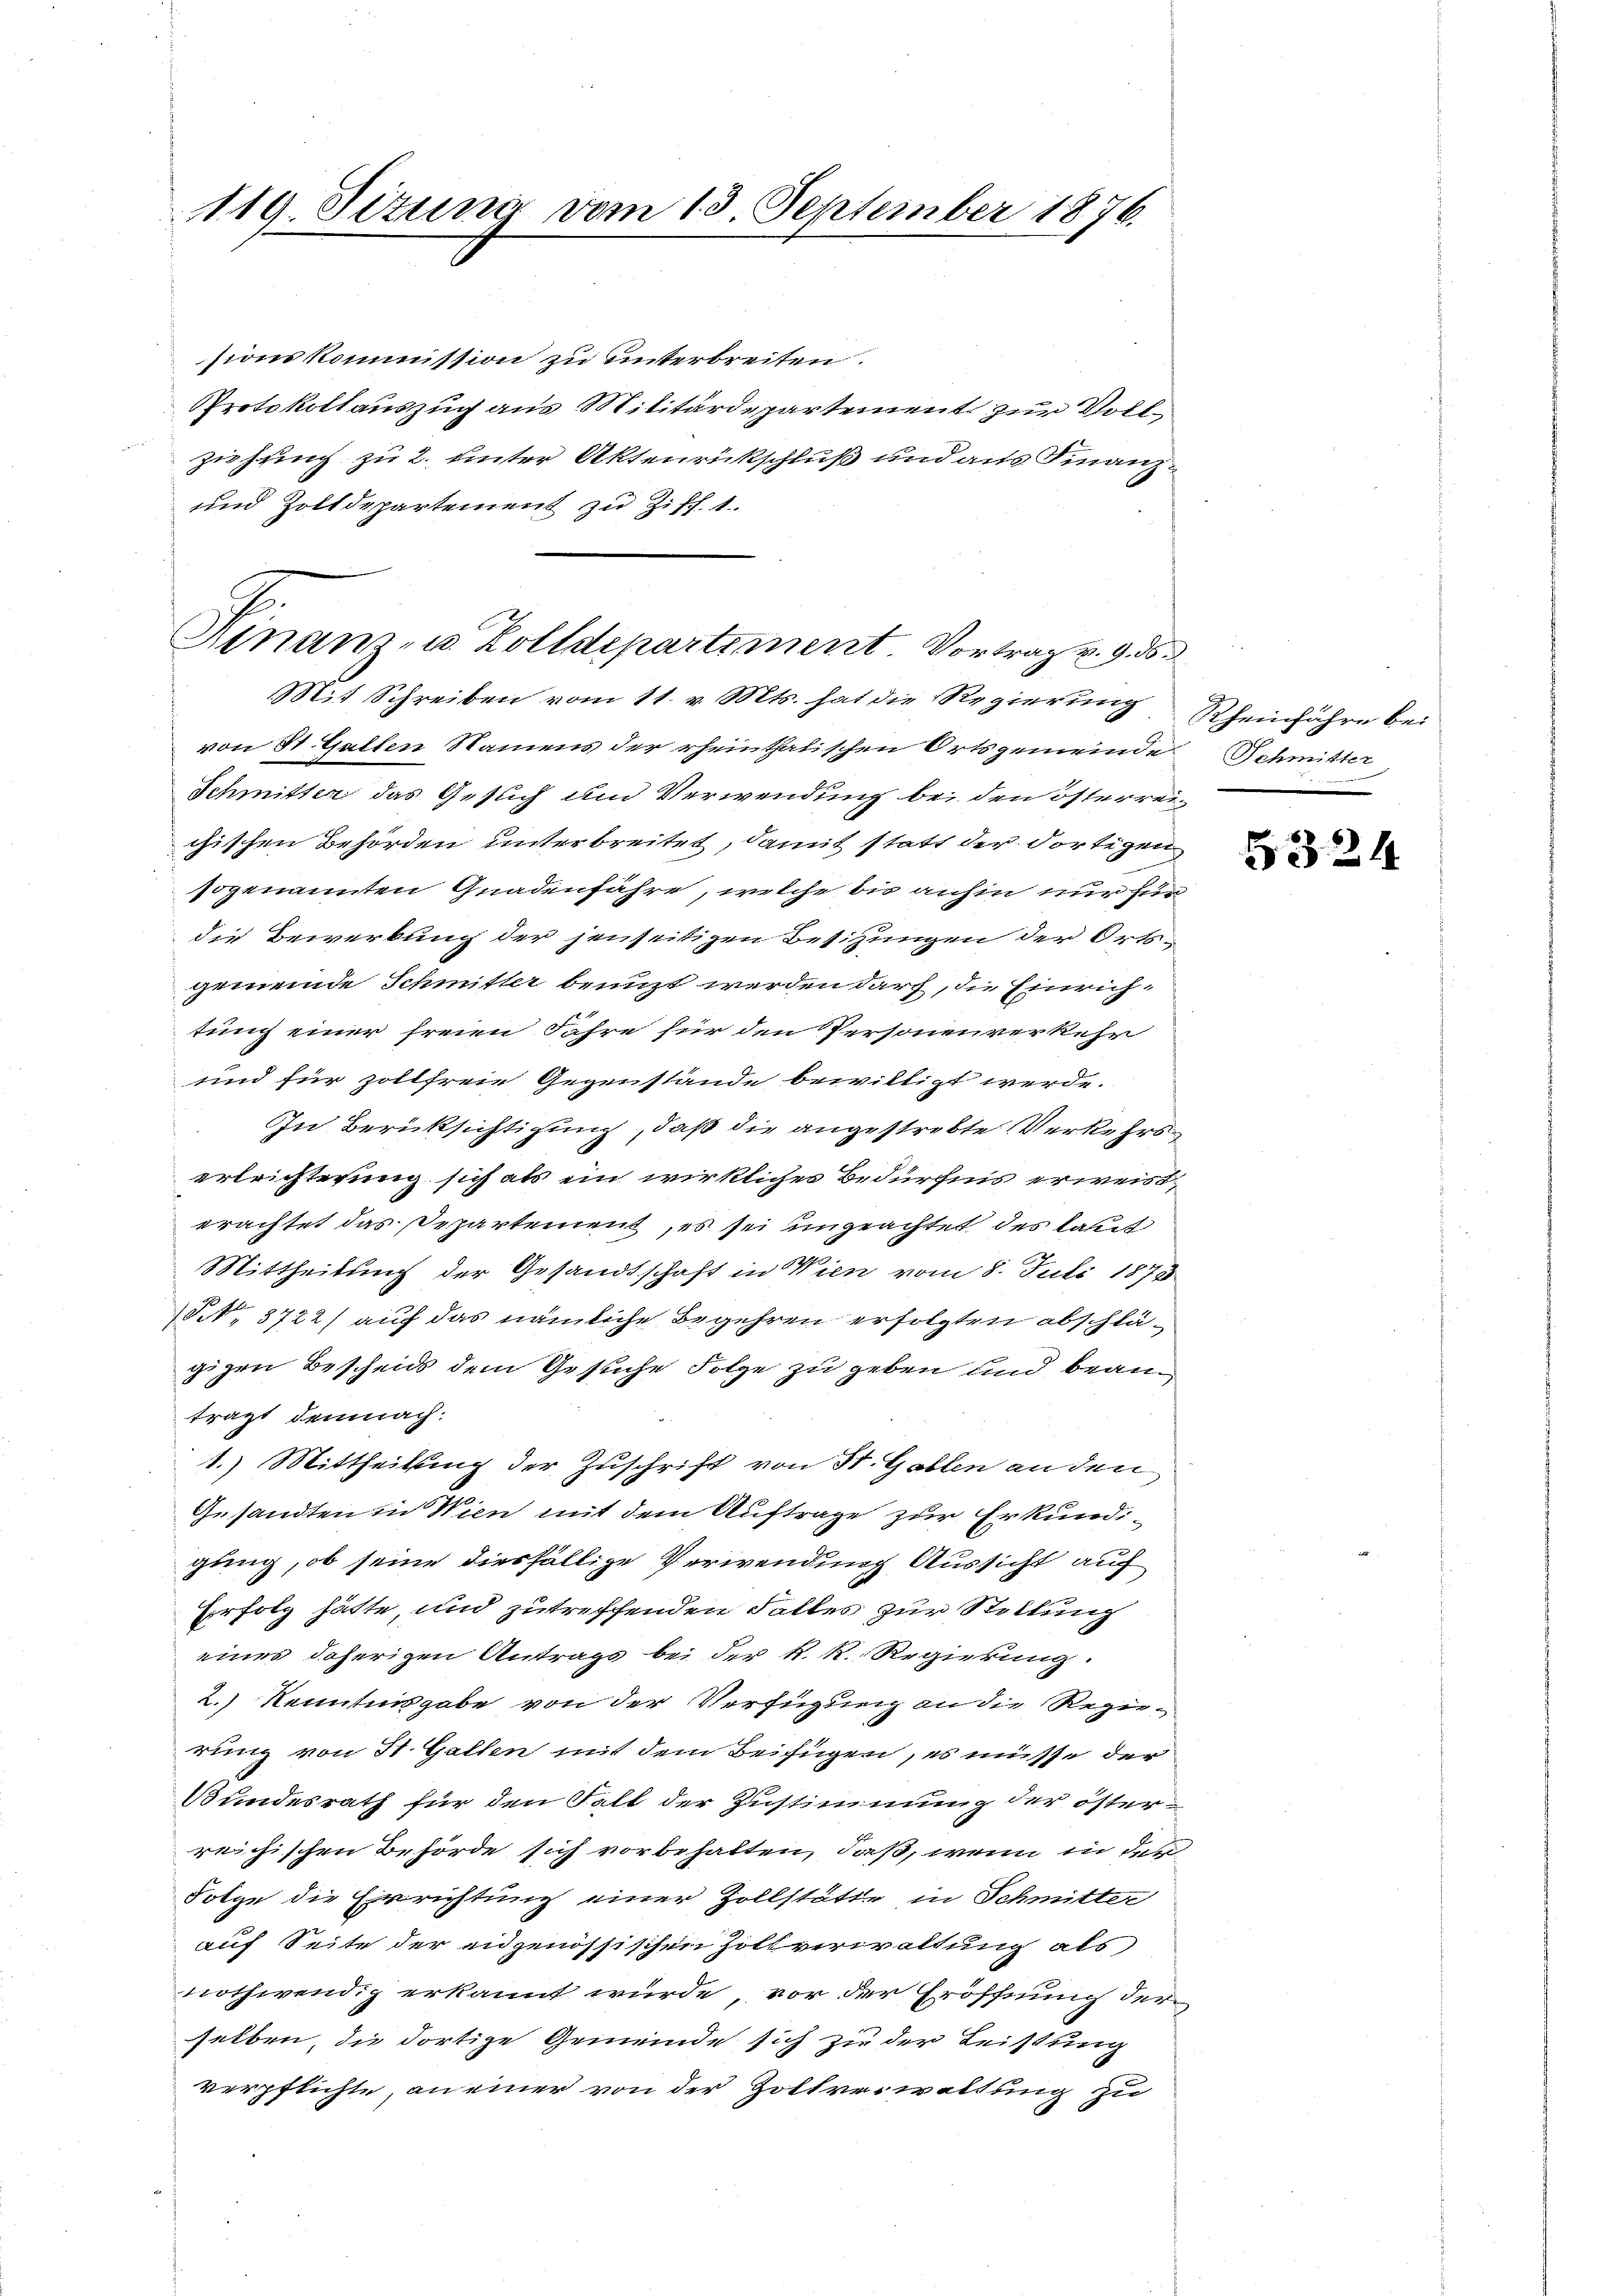
119. Situng vom 13. September 1876.

sionskommission zu unterbreiten.
Protokollauszug aus Militärdepartement zur Voll
ziehung zu 2. unter Aktenrückschluß und aus Finanz¬
und Zolldepartement zu Ziff. 1.
Hinanz- u. Zolldepartiment. Vortrag v. 9. ds.

Mit Schreiben vom 11. v. Mts. hat die Regierung Rheinfahre bei
von St. Gallen Namens der rheinthalischen Ortsgemeinde Schmitter
Schmitter das Gesuch und Verwendung bei den österrei
chischen Behörden unterbreitet, damit statt der dortigen
sogenannten Gnadenfahre, welche bis anhin nur für
die Bewerbung der jenseitigen Besitzungen der Ortsgemeinde Schmitter benuzt werden darf, die Einrichtung einer freien Jahre für den Personenverkehr
und für soltfreie Gegenstände bewilligt werde.
In Berüksichtigung, daß die angestrebte Verkehrserleichterung sich als ein wirklicher Bedürfnis erweisterachtet das Departement, es sei ungeachtet des laut
Mittheilung der Gesandtschaft in Wien vom 8. Juli 1878
18t. 3722) auf das nämliche Begehren erfolgten abschlägigen Bescheids dem Gesuche Folge zu geben und beanträgt demnach
1.) Mittheilung der Zuschrift von St. Gallen an den
Gesandten in Wien mit dem Auftrage zur Erkundigung, ob seine diesfällige Verwendung Aussicht auf
Erfolg hätte, und zutreffenden Falles zur Stellung
eines daherigen Antrags bei der K. R. Regierung
2.) Kenntnisgabe von der Verfügung an die Regierung von St. Gallen mit dem Beifügen, es müsse der
Bundesrath für den Fall der Zustimmung der österreichischen Behörde sich vorbehalten, daß, wenn in der
Folge die Errichtung einer Zollstätte in Schmitter
auf Seite der eidgenössischen Zollverwaltung als
nothwendig erkannt würde, vor der Eröffnung der
selben, die dortige Gemeinde sich zu der Leistung
verpflichte, an einer von der Zollverwaltung zu

5324